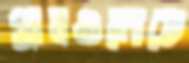
গ্রামগুলোতে